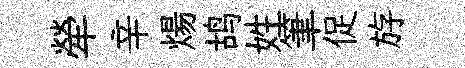
犖辛煬鸪姓筆促斿